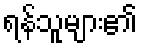
ရန်သူများ၏